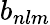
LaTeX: b_{nlm}